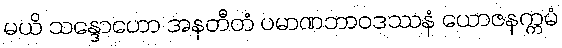
မယိ သန္ဒောဟော အနတီတံ ပမာဏဘာဝဒဿနံ ယောဇနက္ကမံ